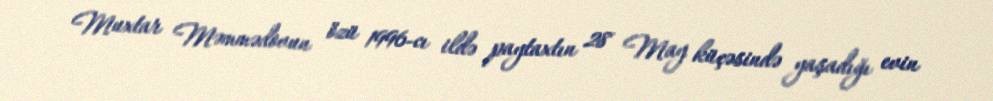
Muxtar Məmmədovun özü 1996-cı ildə paytaxtın 28 May küçəsində yaşadığı evin